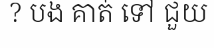
? បង គាត់ ទៅ ជួយ